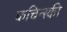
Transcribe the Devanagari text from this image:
कचिन्स्की